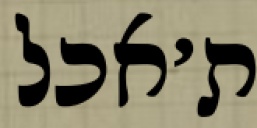
ת׳אכל